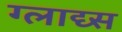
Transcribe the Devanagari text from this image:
ग्लाद्य्स